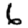
Digit: 6